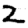
Digit: 2